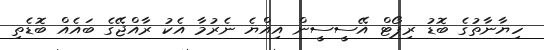
ހިޔާނާތުގެ ބޮޑު ރިޕޯޓް އޭސީސީން އިއްޔެ ނެރުމާ އެކު ރާއްޖޭގެ ބައެއް ބޮޑެތި